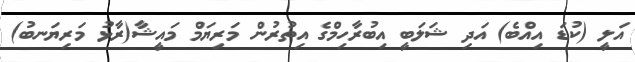
އަލީ (ކުޑަ އިއްބެ) އަދި ޝަލަބީ އިބުރާހިމްގެ އިތުރުން މަރިޔަމް މައީޝާ(ރާޅު މަރިޔަނބު)